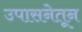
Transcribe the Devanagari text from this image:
उपासनेतून